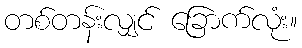
တစ်တန်းလျှင် ခြောက်လုံး။